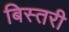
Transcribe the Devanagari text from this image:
बिस्तरी